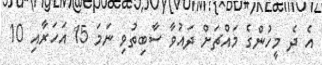
އެ ދެ މީހުންގެ މައްޗަށް ދައުވާ ސާބިތުވި ނަމަ 15 އަހަރާއި 10